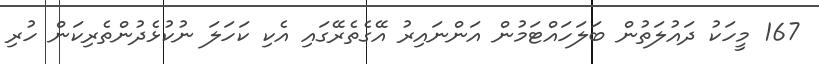
167 މީހަކު ދައުލަތުން ބަލަހައްޓަމުން އަންނައިރު އޭގެތެރޭގައި އެކި ކަހަލަ ނުކުޅެދުންތެރިކަން ހުރި